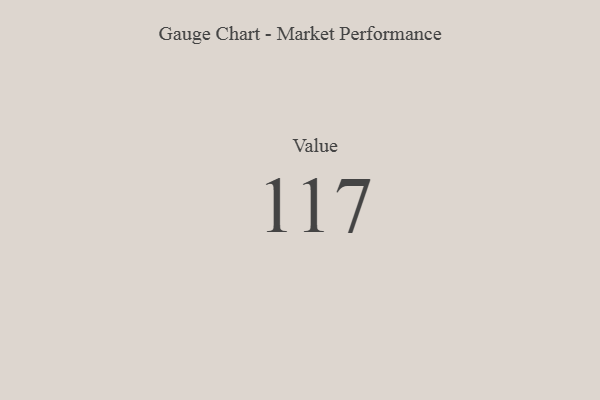
{"axis": {"x": "Metric", "y": "Value"}, "legend": [""], "data": [{"x": "Value", "y": 117, "type": ""}]}